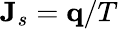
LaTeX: \mathbf J_{s}=\mathbf q/T